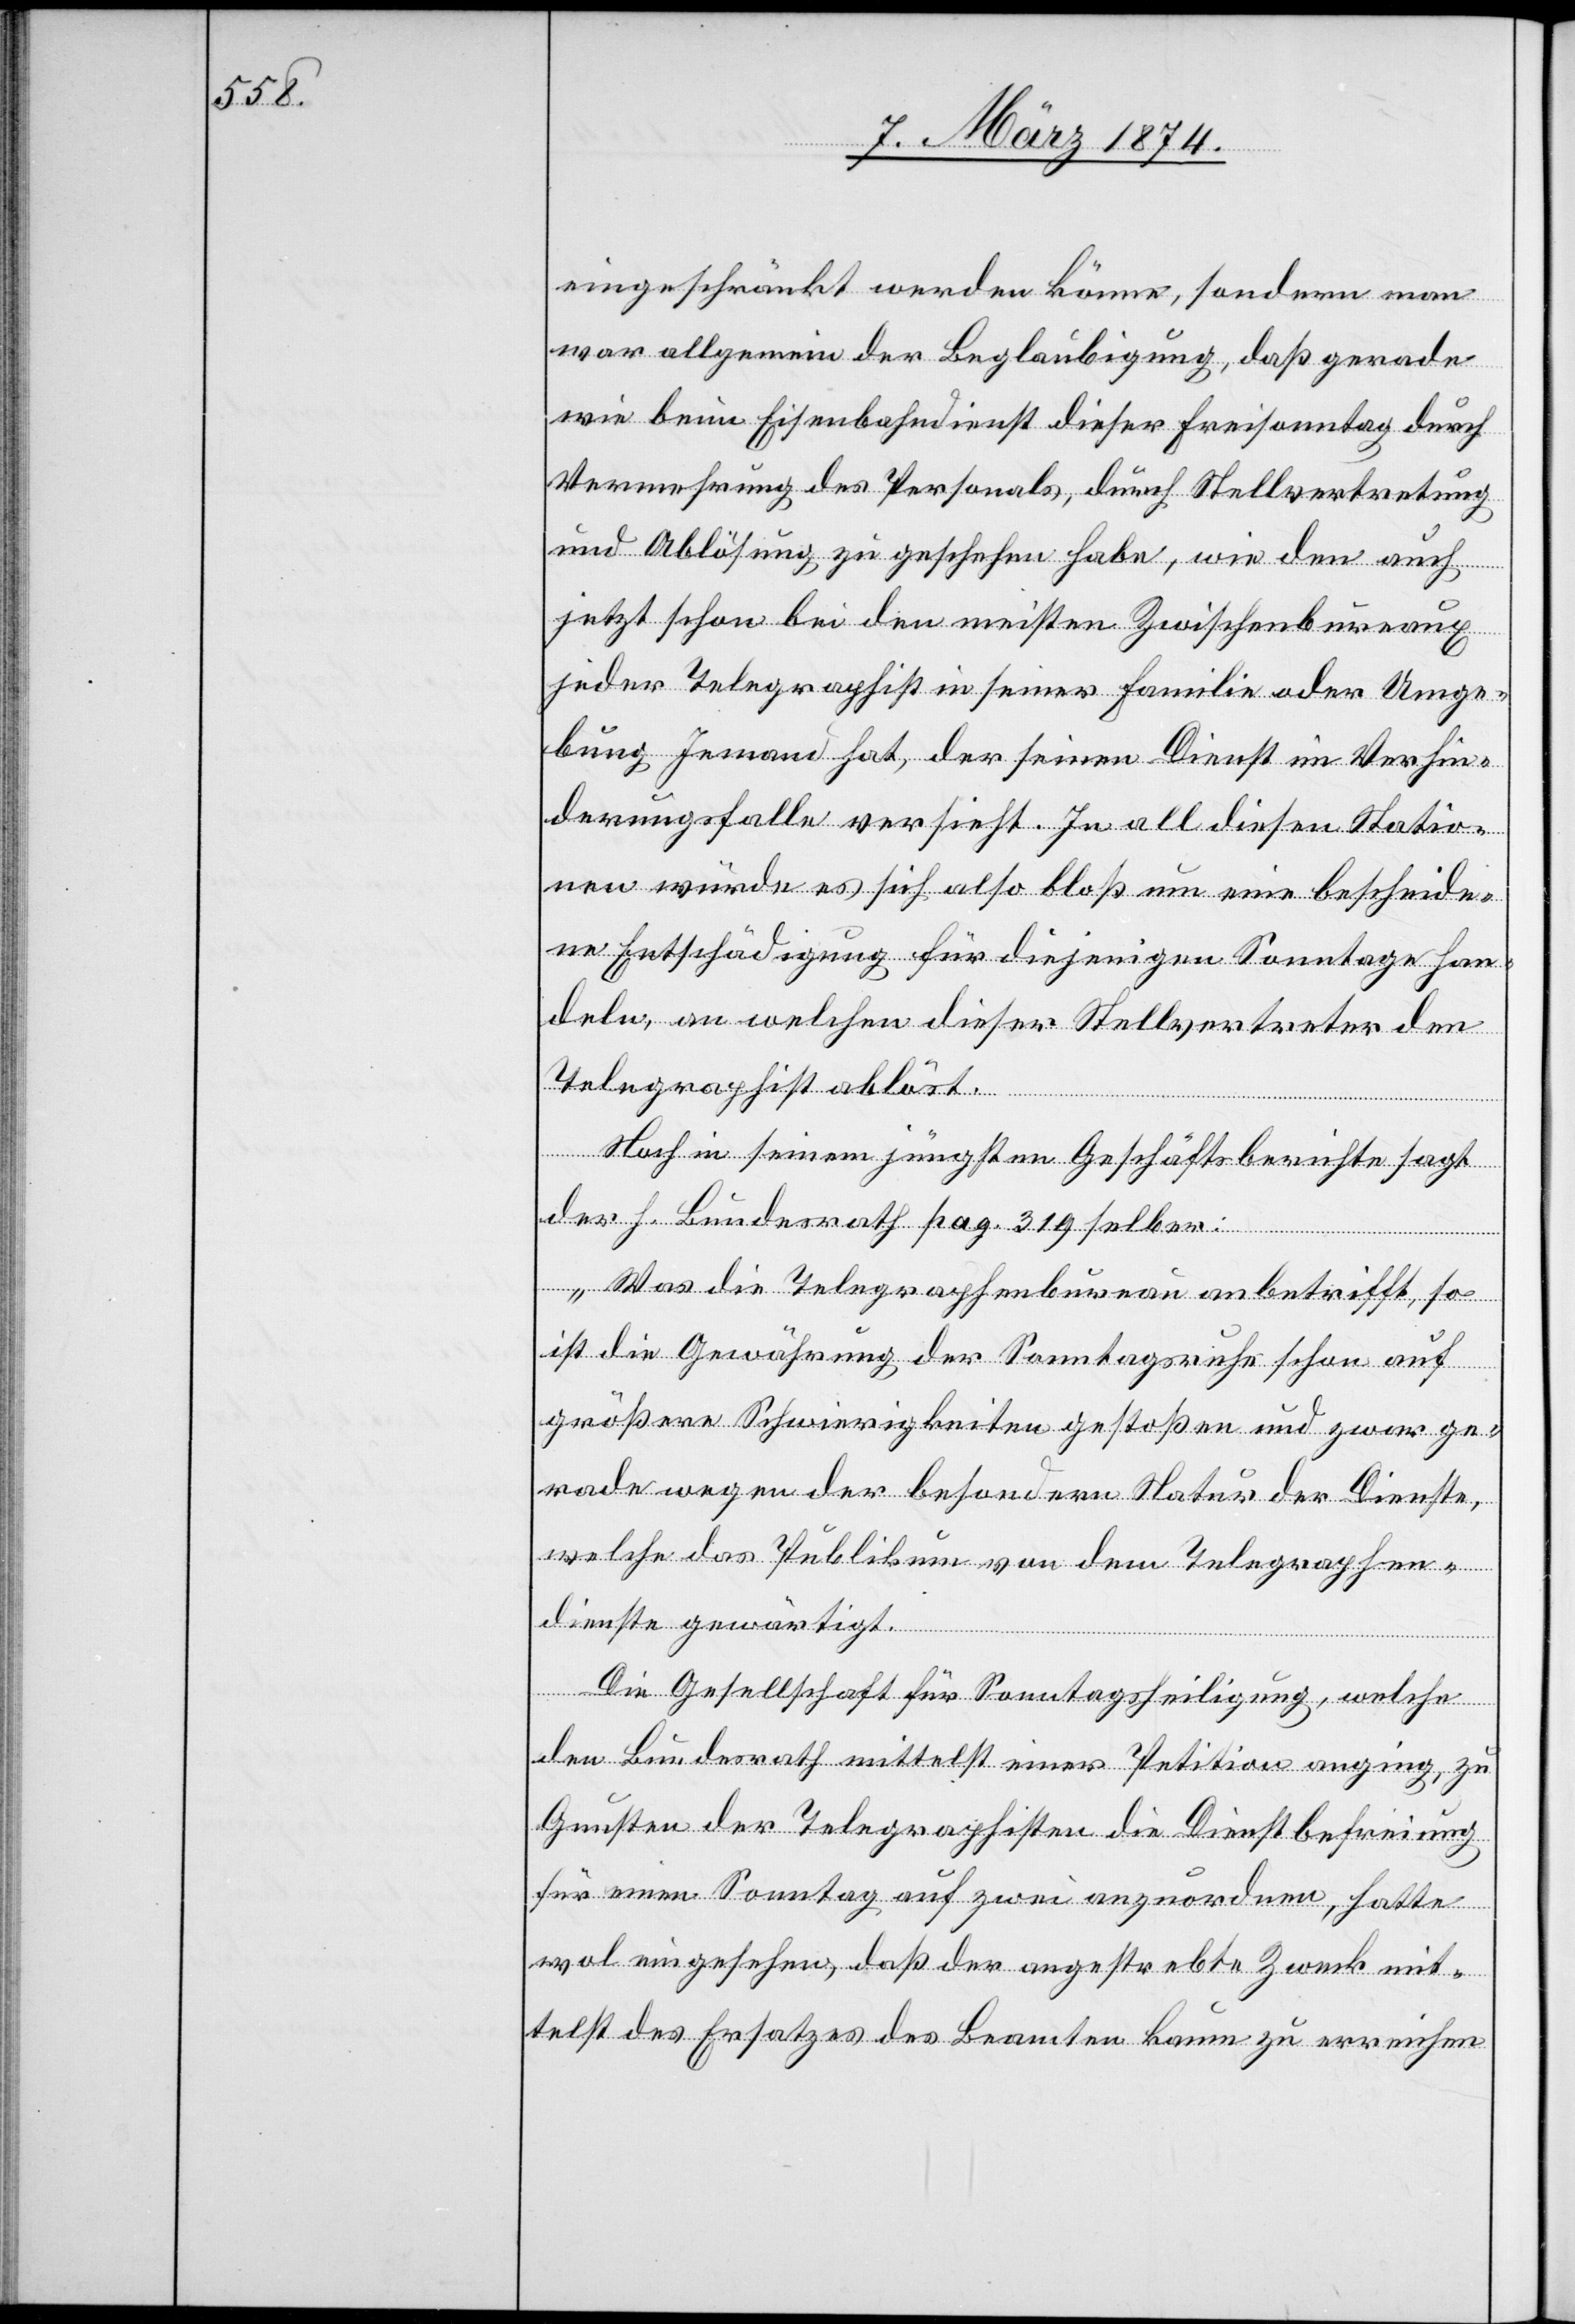
eingeschränkt werden könne, sondern man
war allgemein der Beglaubigung, daß gerade
wie beim Eisenbahndienst dieser Freisonntag durch
Vermehrung des Personals, durch Stellvertretung
und Ablösung zu geschehen habe, wie den[n] auch
jetzt schon bei den meisten Zwischenbureaux
jeder Telegraphist in seiner Familie oder Umge¬
bung Jemand hat, der seinen Dienst im Verhin¬
derungsfalle versieht. In all diesen Statio¬
nen würde es sich also bloß um eine bescheide¬
ne Entschädigung für diejenigen Sonntage han¬
deln, an welchen dieser Stellvertreter den
Telegraphist ablöst.
Noch in seinem jüngsten Geschäftsberichte sagt
der H. Bundesrath pag. 319 selber:
„Was die Telegraphenbureau anbetrifft, so
ist die Gewährung der Sonntagsruhe schon auf
größere Schwierigkeiten gestoßen und zwar ge¬
rade wegen der besondern Natur der Dienste,
welche das Publikum von dem Telegraphen¬
dienste gewärtigt.
Die Gesellschaft für Sonntagsheiligung, welche
den Bundesrath mittelst einer Petition anging, zu
Gunsten der Telegraphisten die Dienstbefreiung
für einen Sonntag auf zwei anzuordnen, hatte
wol eingesehen, daß der angestrebte Zweck mit¬
telst des Ersatzes des Beamten kaum zu erreichen